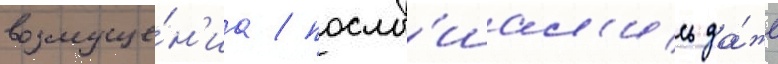
возмуще́н'иа / послы́шал'ись да́же